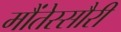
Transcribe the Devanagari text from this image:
मौंतेस्सौरी